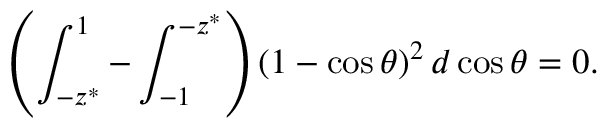
\left( \int _ { - z ^ { * } } ^ { 1 } - \int _ { - 1 } ^ { - z ^ { * } } \right) \left( 1 - \cos \theta \right) ^ { 2 } d \cos \theta = 0 .